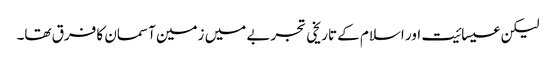
لیکن عیسائیت اور اسلام کے تاریخی تجربے میں زمین آسمان کا فرق تھا۔